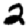
Digit: 2